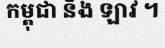
កម្ពុជា និង ឡាវ ។